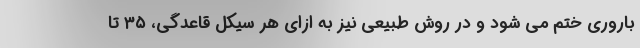
باروری ختم می شود و در روش طبیعی نیز به ازای هر سیکل قاعدگی، ۳۵ تا